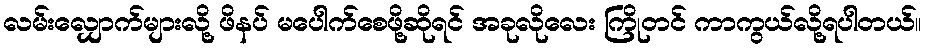
လမ်းလျှောက်များလို့ ဖိနပ် မပေါက်စေဖို့ဆိုရင် အခုလိုလေး ကြိုတင် ကာကွယ်လို့ရပါတယ်။